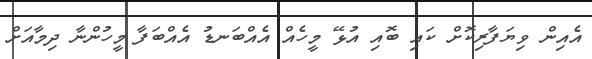
އެއިން ވިޔަފާރިކޮށް ކައި ބޮއި އުޅޭ މީހެއް އެއްބަނޑު އެއްބަފާ މީހުންނާ ދިމާއަށް